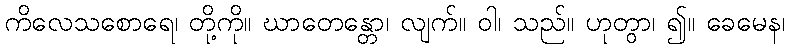
ကိလေသစောရေ၊ တို့ကို။ ဃာတေန္တော၊ လျက်။ ဝါ၊ သည်။ ဟုတွာ၊ ၍။ ခေမေန၊